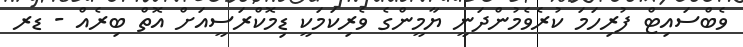
ވެބްސައިޓް ފުރިހަމަ ކުރެވެމުންދަނީ ޔާމީންގެ ވެރިކަމަކީ ޑިމޮކްރަސީއަށް އޮތް ބިރެއް - ޑރ